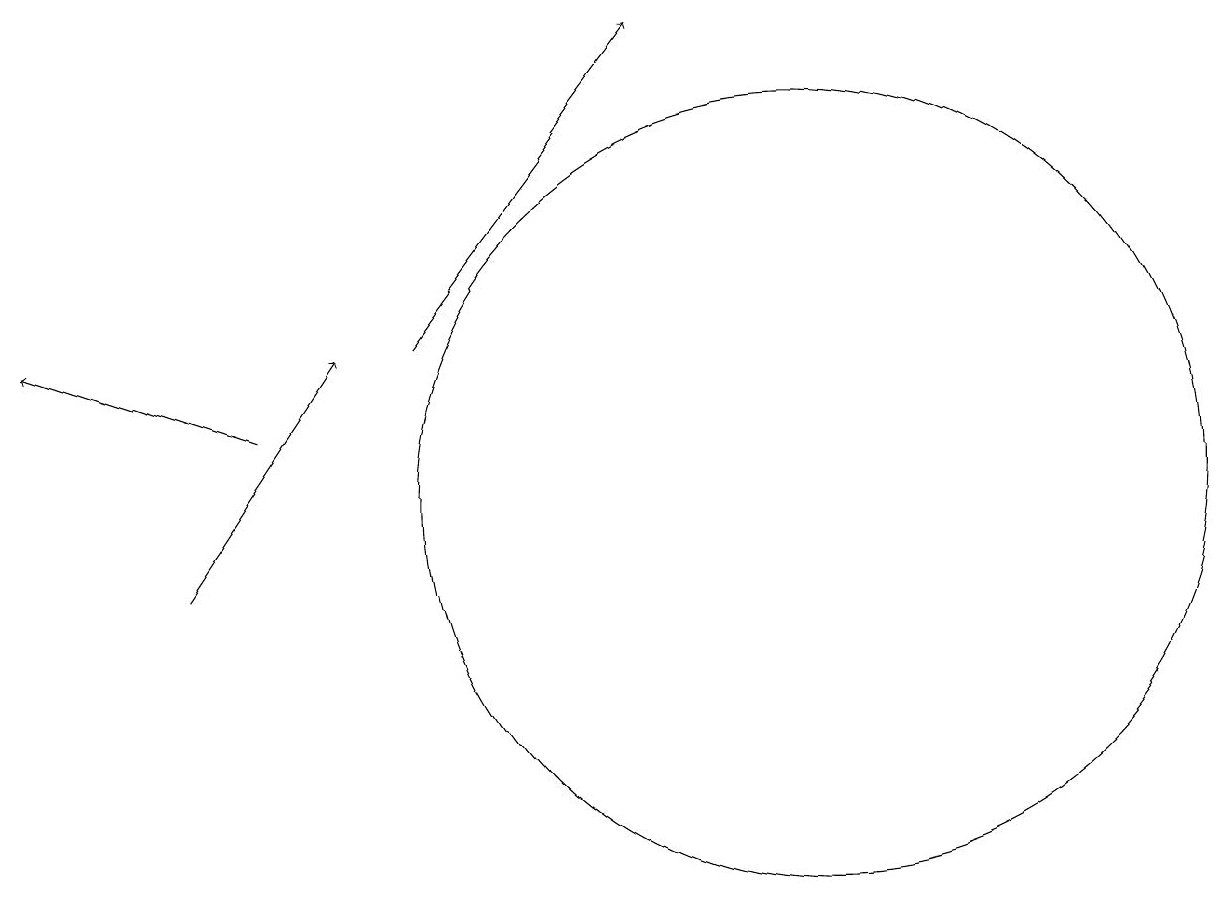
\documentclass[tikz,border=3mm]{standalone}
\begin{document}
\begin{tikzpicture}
\draw[->] (5,13) -- (8,17);
\draw[->] (3,12) -- (0,13);
\draw (10,11) circle (5);
\draw (10,11) circle (0);
\draw[->] (2,10) -- (4,13);
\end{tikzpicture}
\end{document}